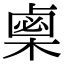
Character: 𣗴